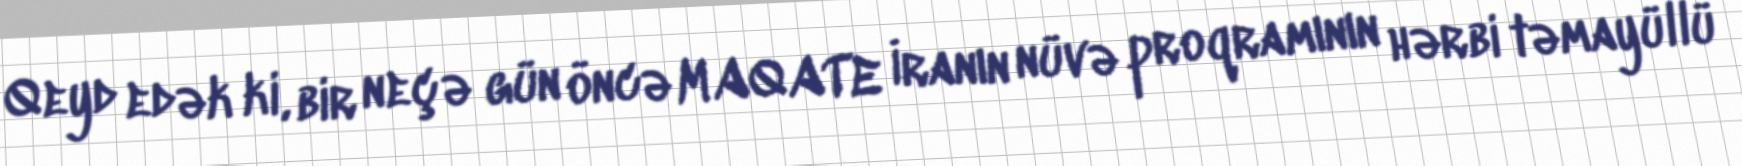
Qeyd edək ki, bir neçə gün öncə MAQATE İranın nüvə proqramının hərbi təmayüllü